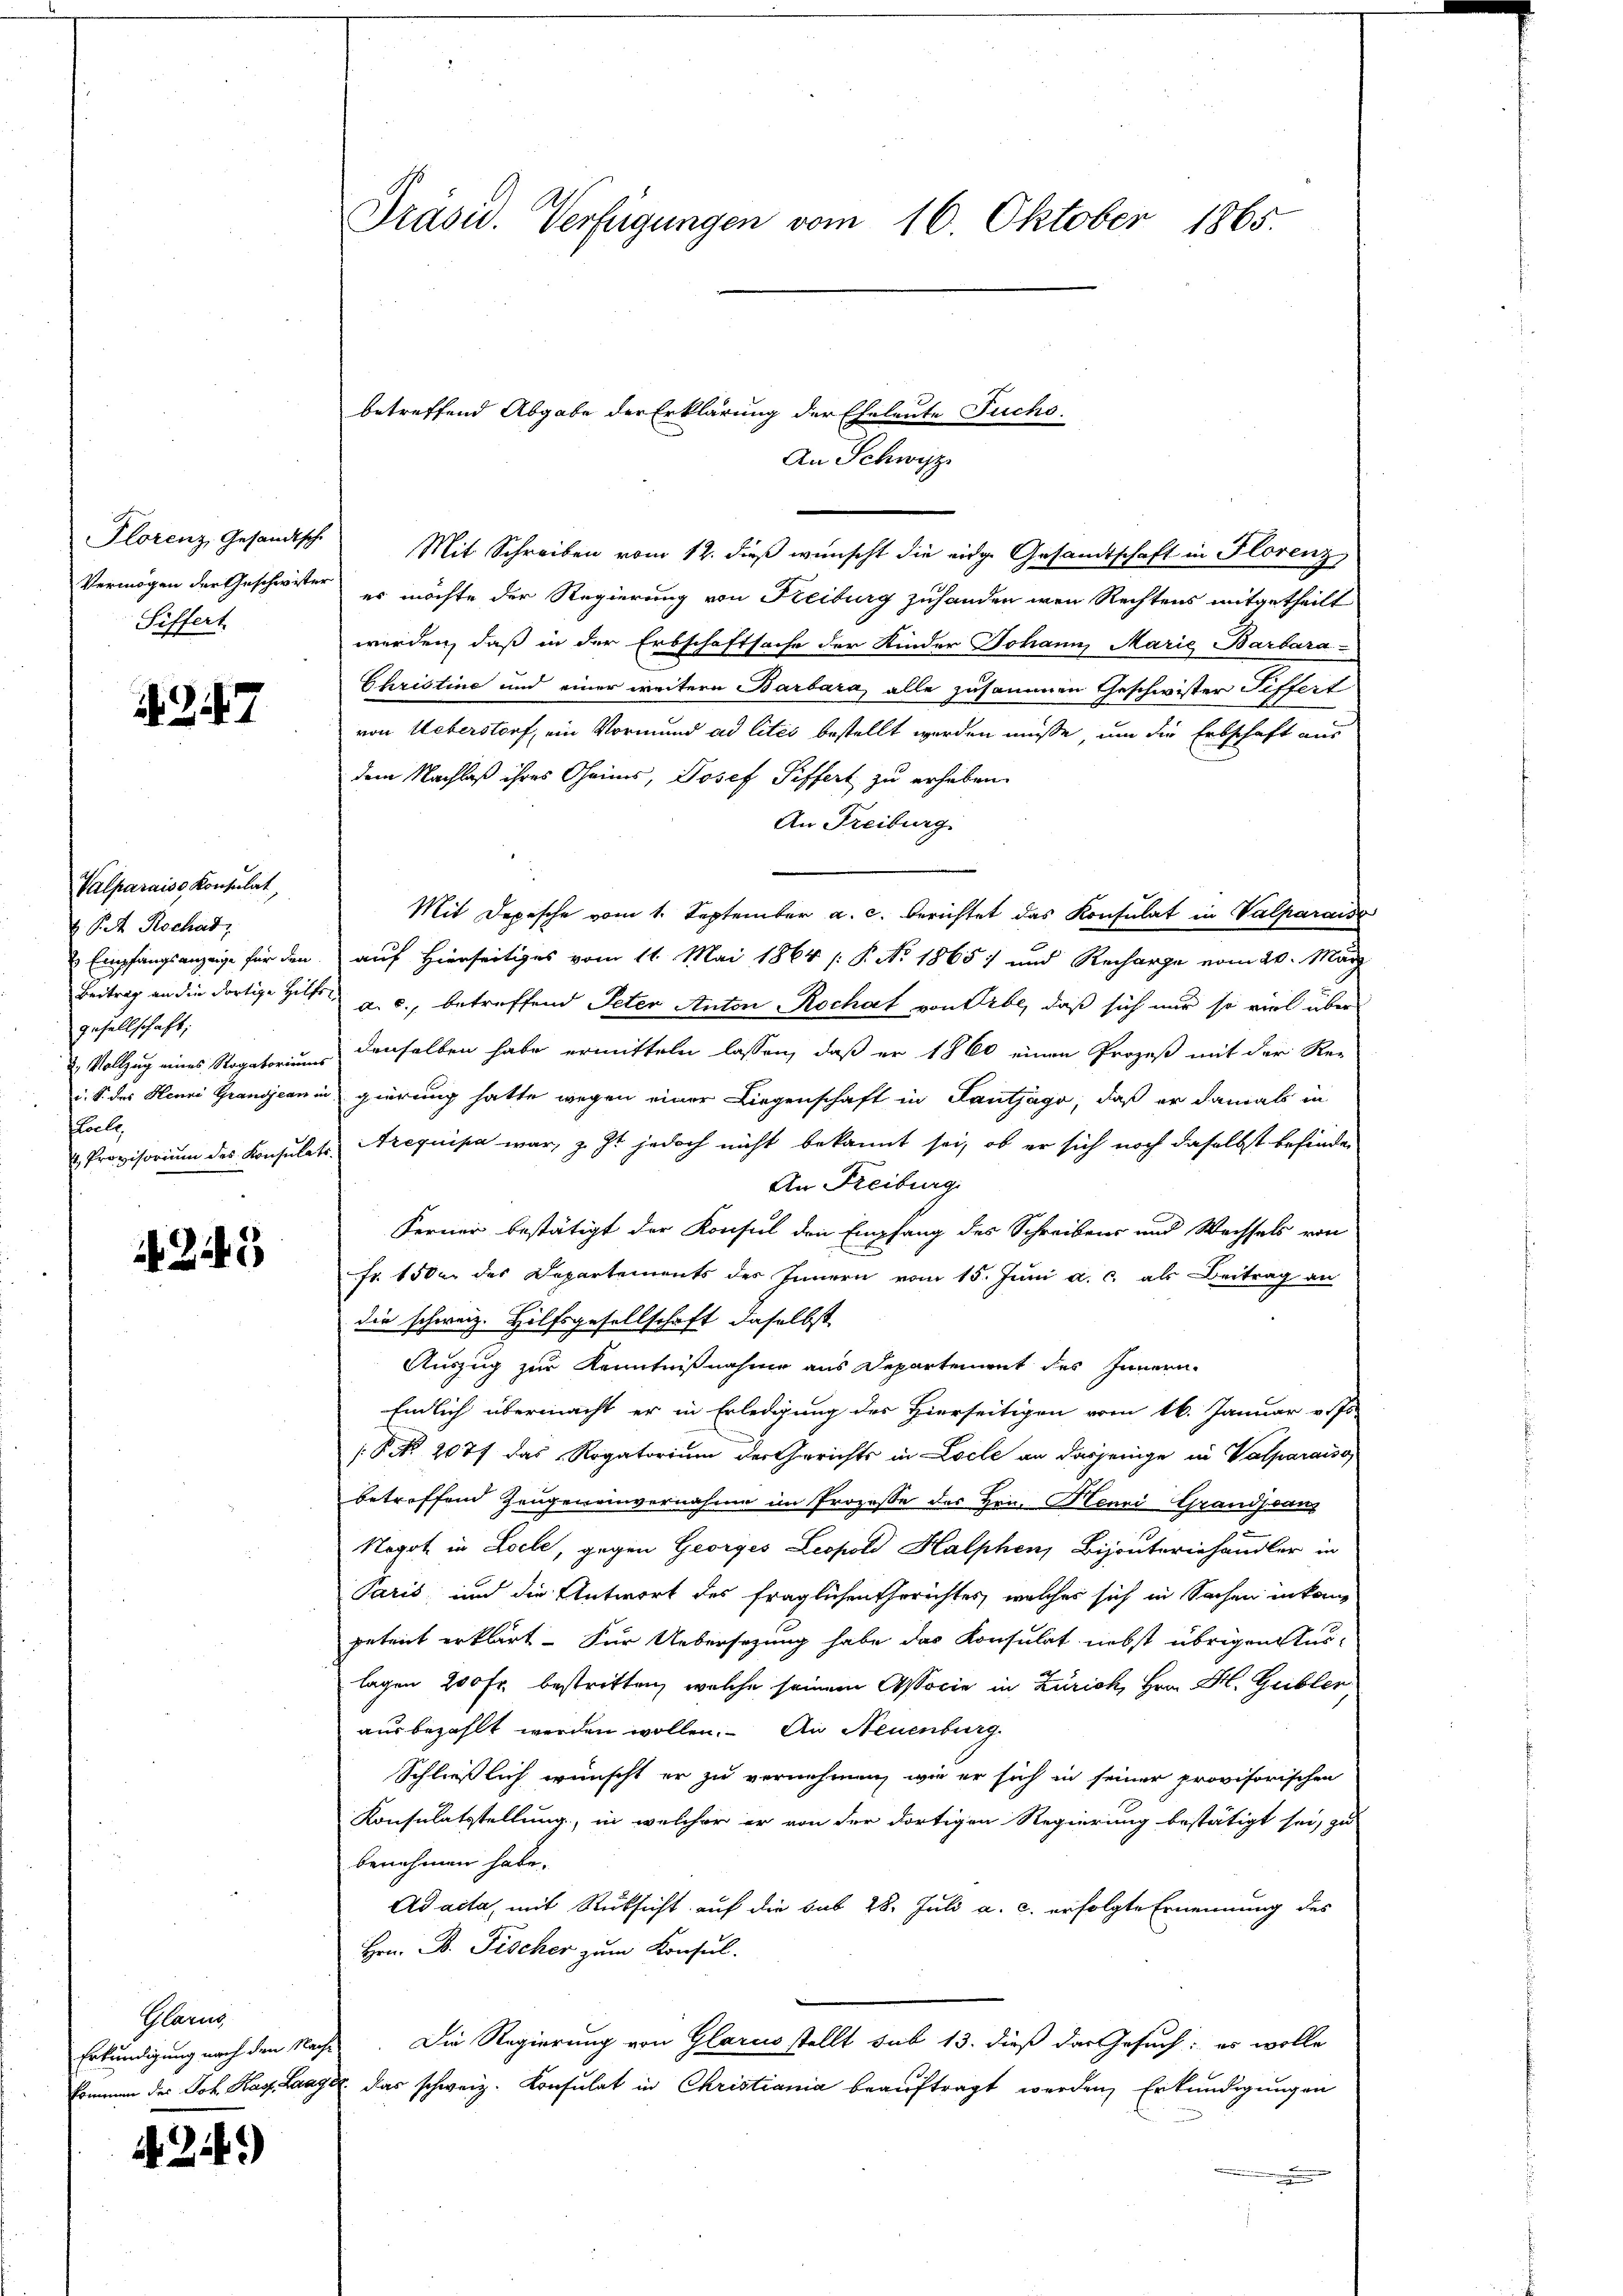
Plorenz, Gesandtsch
Vermögen der Geschwister
Siffert

1247

Valparaiss Konsulat,
 P. R. Rochad,
 Empfangsanzeige für den
Beitrag an die dortige Hilfsgesellschaft;
2. Vollzug eines Rogatoriums
i. S. des Henni Grandjean u
floele
 Provisorium des Konsulate

245

Glarus
Erkundigung nach den Nachkommen des Joh. Kasp. Laage

.24)

Präsid. Verfügungen vom 16. Oktober 1865.

betreffend Abgabe der Erklärung der Eheleute Fuchs.

An Schwyz
Mit Schreiben vom 12. dieß wünscht die eige Gesamtschaft in Florenz
es möchte der Regierung von Freiburg zuhanden wenn Rechtens mitgetheilt
werden, daß in der Erbschaftsache der Kinder Johann Marie Barbara -
Christine und einer weitere Barbara, alle zusammen Geschwister Tiffert
von Ueberstorf, ein Vormund ad lites bestellt werden müsse, um die Erbschaft aus
dem Nachlaß ihres Theims, Josef Siffert zu erheben.
An Freiburg
Mit Depesche vom 1. September a. c. berichtet das Konsulat in Valparniss
auf Hierseitiges vom 11. Mai 1864 /: P. No 1865) und Recharge vom 20. März
 a. c., betreffend Peter Anton Rochat von Erbe, daß sich nur so viel über
denselben habe ermitteln lassen, daß er 1860 einen Prozeß mit der Re-
gierung hatte wegen einer Liegenschaft in Lantjago, daß er damals in
Arequipa war, z. Zt jedoch nicht bekannt sei, ob er sich noch daselbst befinde
An Freiburg.
Ferner bestätigt der Konsul den Empfang des Schreibens und Wachsels von
Fr. 1500 des Departements des Innern vom 15. Juni a. c. als Beitrag an
die schweiz. Hilfsgesellschaft daselbst
Auszug zur Kenntnißnahme aus Departement des Innern
Endlich übermacht er in Erledigung des Hierseitigen vom 16. Januar v. Js.
§ NNo. 2077 das Rogatorium der Gerichts in Locle an dasjenige in Valparaiso
betreffend Zeugeneinvernahme im Prozesse des Hrn. Henri Grandjeanz
Nogot in Loele, gegen Georges Leopold Halphen, Bijouteriehandler in
Paris, und die Antwort des fraglichen Gerichtes, welches sich in Sachen in kan
petent erkärt. Für Uebersetzung habe das Konsulat nebst übrigen Auslagen 200 Fr. bestritten, welche seinem Associe in Zürich, Hrn. H. Gribler
ausbezahlt werden wollen. An Neuenburg
Schließlich wünscht er zu vernehmen, wie er sich in seiner provisorischen
Konsulatstellung, in welcher er von der dortigen Regierung bestätigt sei, zu
benehmen habe.
Adaita, mit Rücksicht auf die sub 28. Juli a. c. erfolgte Ernennung des
Hrn. B. Fischer zum Konsul
 Die Regierung von Glarus stellt sub 13. dieß das Gesuch: es wolle
. das schweiz. Konsulat in Christiania beauftragt werden, Erkundigungen
.